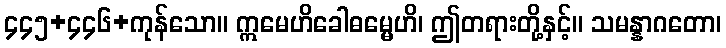
၄၄၅+၄၄၆+ကုန်သော။ ဣမေဟိခေါဓမ္မေဟိ၊ ဤတရားတို့နှင့်။ သမန္နာဂတော၊